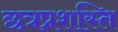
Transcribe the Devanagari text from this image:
छत्रप्रशस्ति